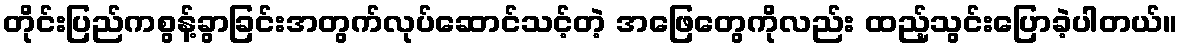
တိုင်းပြည်ကစွန့်ခွာခြင်းအတွက်လုပ်ဆောင်သင့်တဲ့ အဖြေတွေကိုလည်း ထည့်သွင်းပြောခဲ့ပါတယ်။